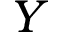
Y